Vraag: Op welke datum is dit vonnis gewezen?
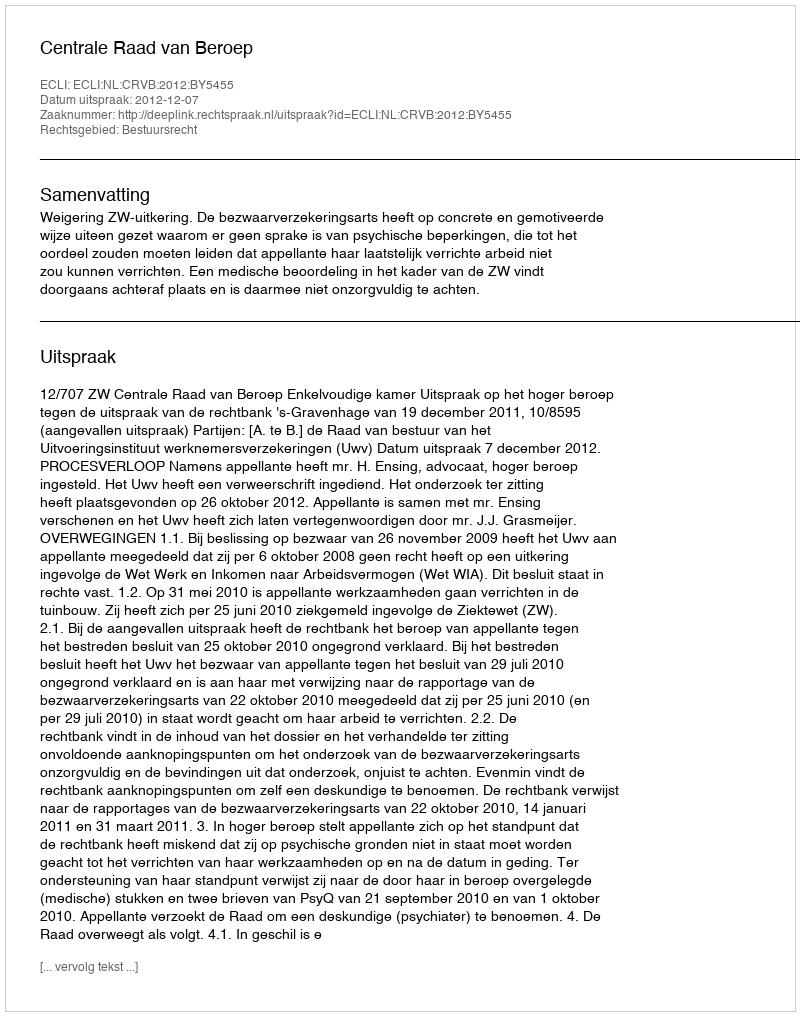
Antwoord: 2012-12-07